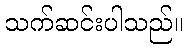
သက်ဆင်းပါသည်။